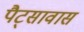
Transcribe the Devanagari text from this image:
पैट्सावास